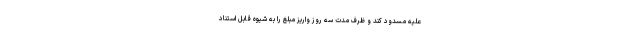
علیه مسدود کند و ظرف مدت سه روز واریز مبلغ را به شیوه قابل استناد